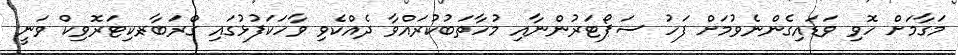
މަގާމަށް ހޮވި ވަޑައިގެންނެވުމަށް ފަހު ސަޕޯޓަރުންނާއި މުހާތަބުކުރައްވާ ދެއްކެވި ވާހަކަފުޅުގައި ގްރަބާރ-ކިޓަރޮވިކް ވަނީ